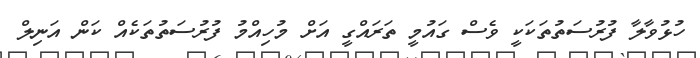
ހުޅުވާލާ ފުރުސަތުތަކަކީ ވެސް ގައުމީ ތަރައްގީ އަށް މުހިއްމު ފުރުސަތުތަކެއް ކަން އަނިލް